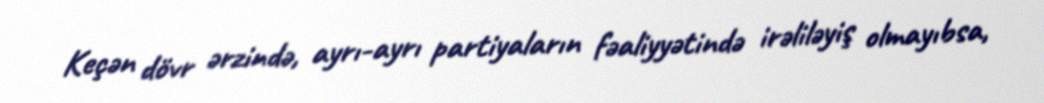
Keçən dövr ərzində, ayrı-ayrı partiyaların fəaliyyətində irəliləyiş olmayıbsa,